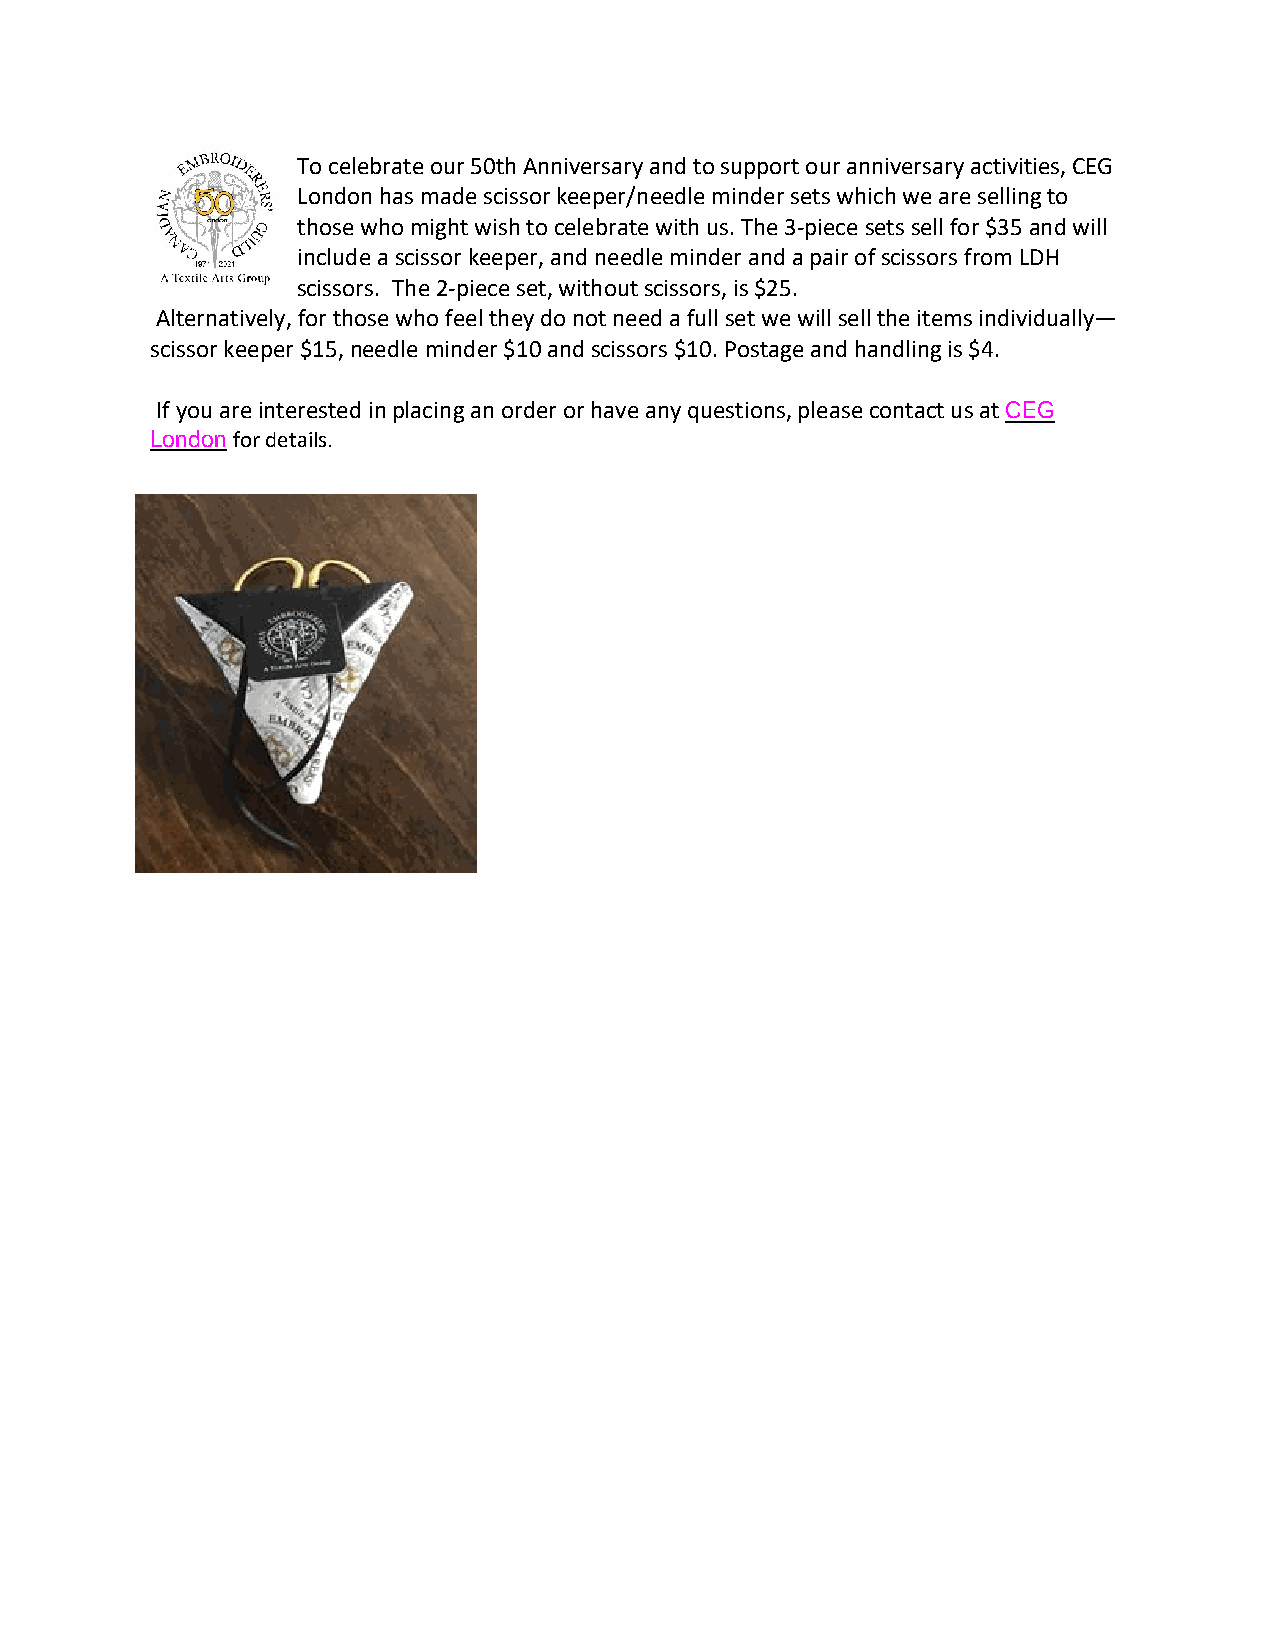
To celebrate our 50th Anniversary and to support our anniversary activities, CEG
 London has made scissor keeper/needle minder sets which we are selling to
 those who might wish to celebrate with us. The 3-piece sets sell for $35 and will
 include a scissor keeper, and needle minder and a pair of scissors from LDH
 scissors. The 2-piece set, without scissors, is $25.
 Alternatively, for those who feel they do not need a full set we will sell the items individually—
 scissor keeper $15, needle minder $10 and scissors $10. Postage and handling is $4.
 If you are interested in placing an order or have any questions, please contact us at CEG
 London for details.